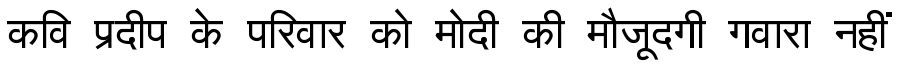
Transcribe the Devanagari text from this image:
कवि प्रदीप के परिवार को मोदी की मौजूदगी गवारा नहीं